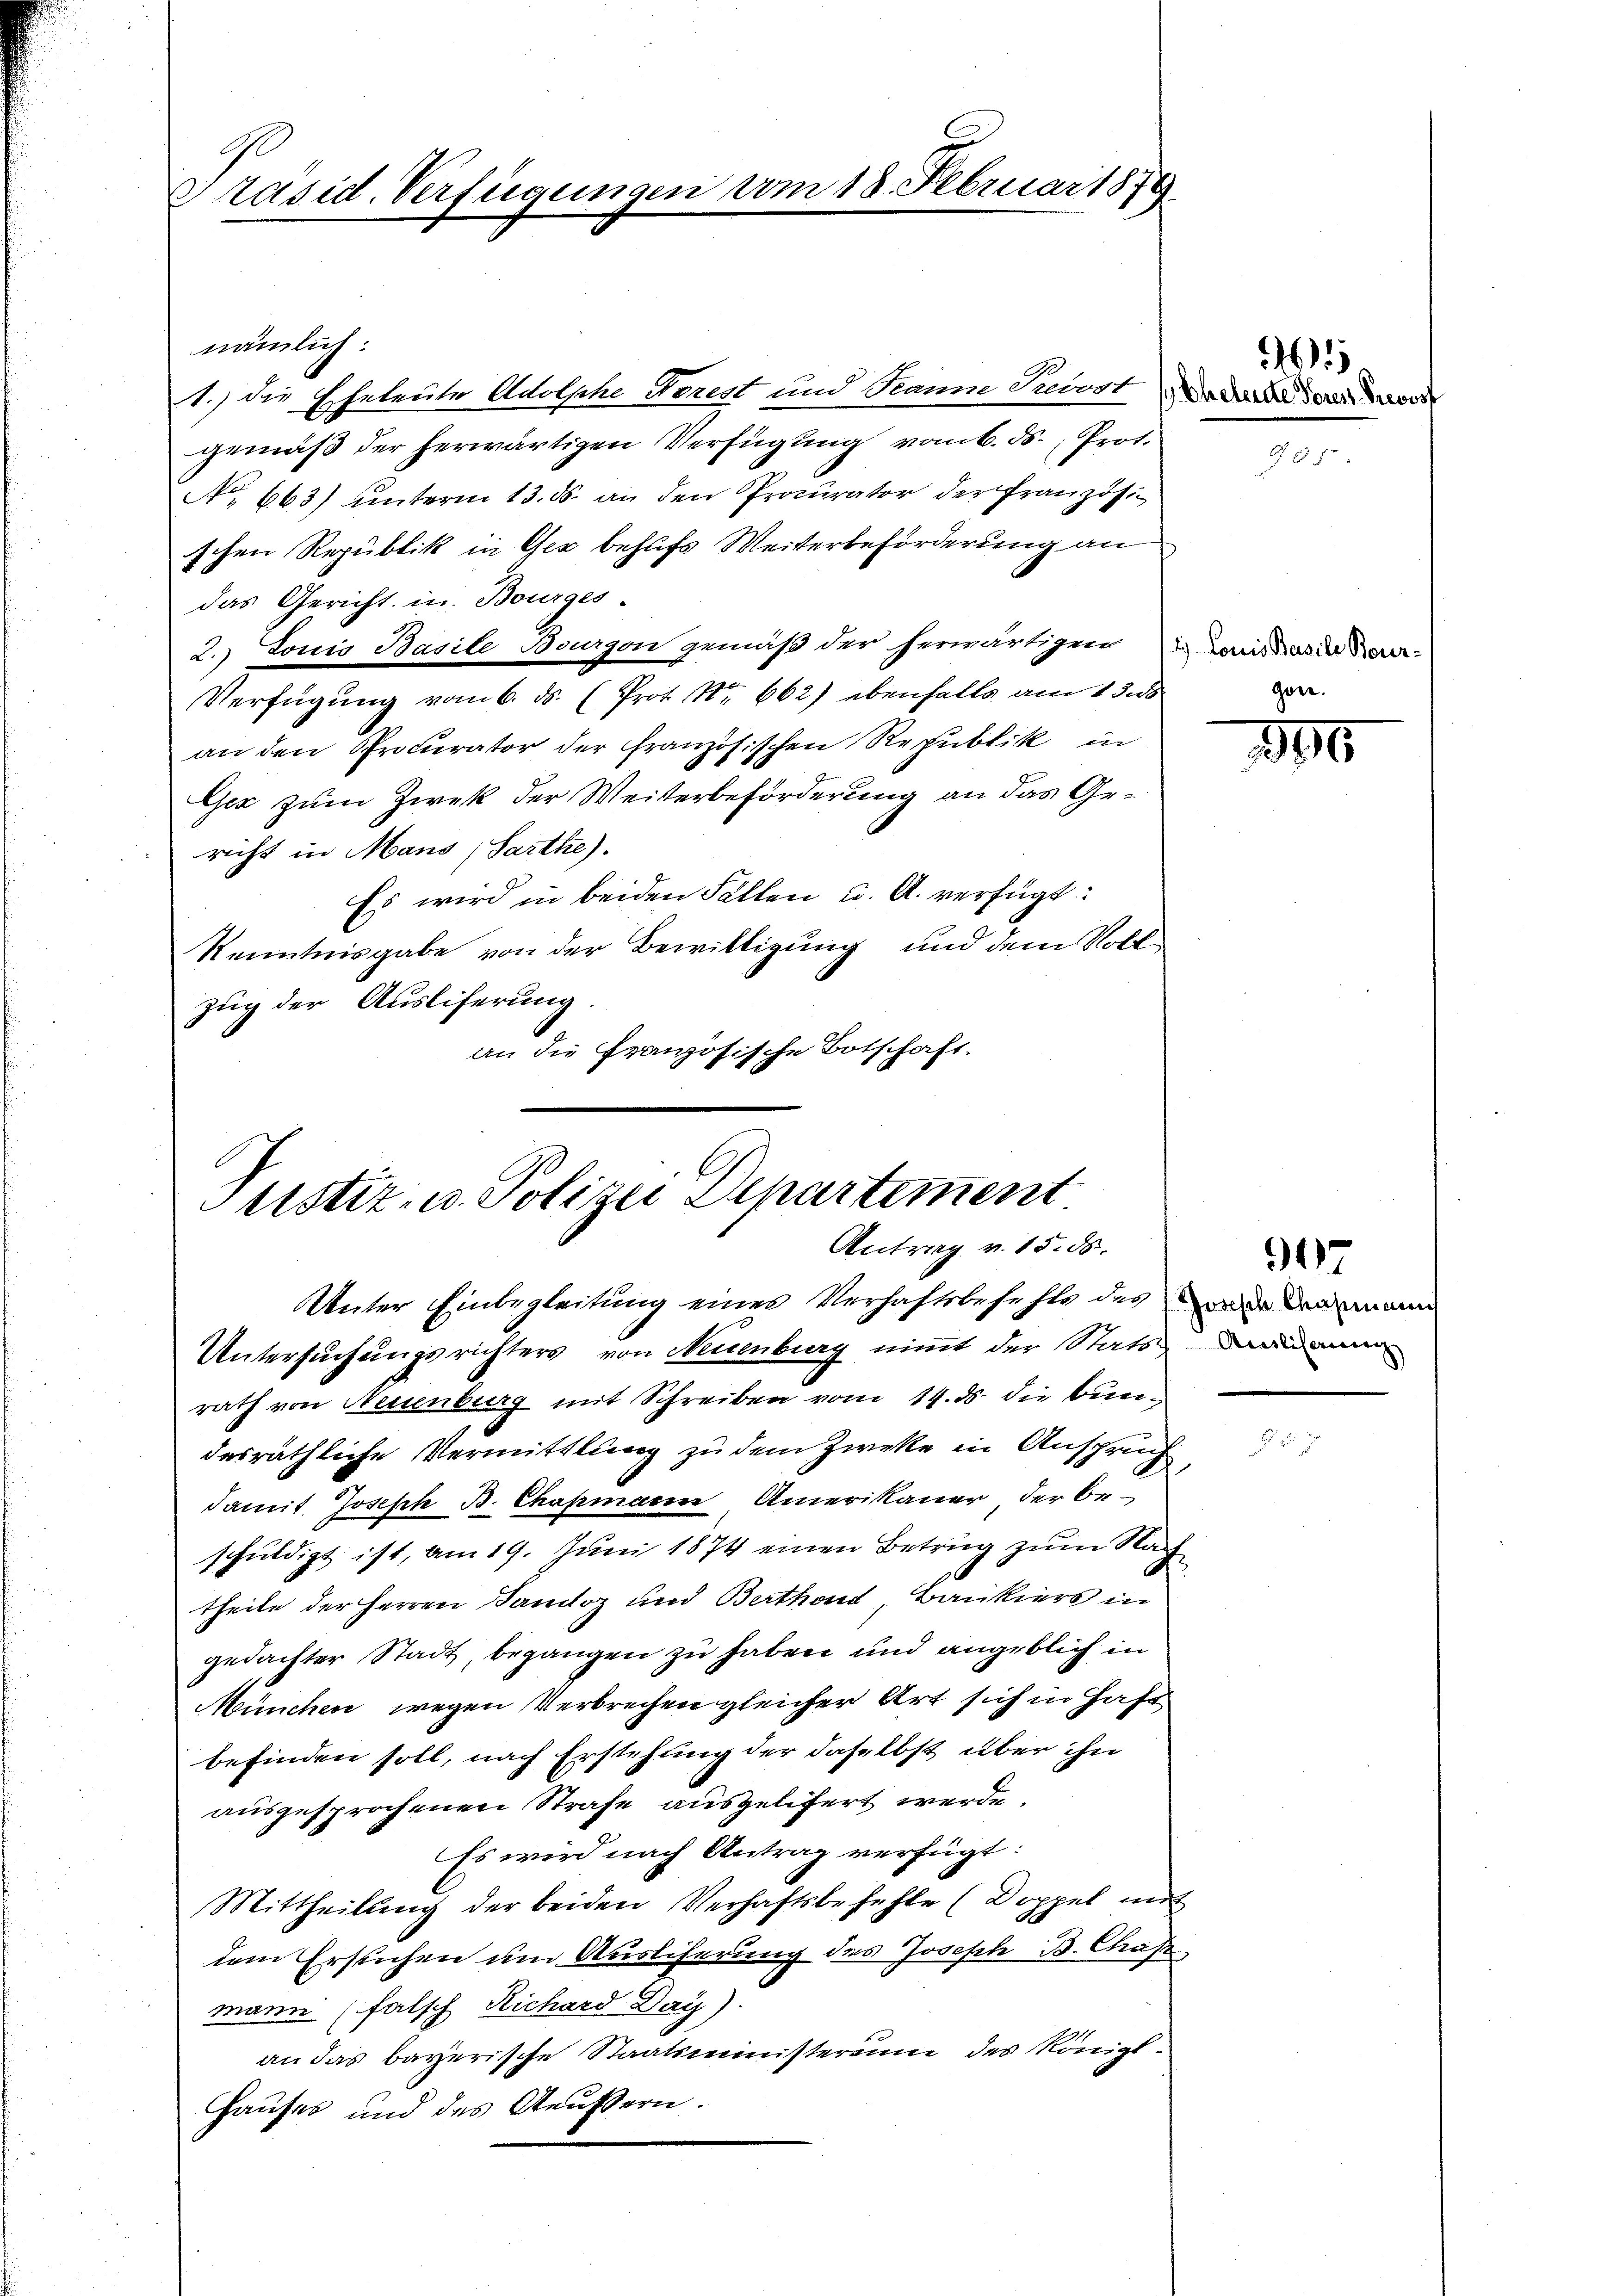
Präsid. Verfügungen vom 18. Februar 1879.

nämlich:
1.) Die Eheleute Adolphe Rezest und Traum Suevost Du da der de
gemäß der herwärtigen Verfügung vom 6. ds. Prot.
No 663) unterm 13. ds. an den Procurator der Französischen Republik in Gez behufs Weiterbeförderung an
das Gericht in Bourges.
2. Louis Basile Bourgon gemäß der herwärtigen Lois das der Be-
Verfügŭng vom 6. ds. (Prot. Nr. 662) ebenfalls am 13. 8
an den Procurator der Französischen Republik in
Gex zum Zwek der Weiterbeförderung an das Gericht in Mans (Sarthe).
Es wird in beiden Fällen u. A. verfügt:
Kenntnisgabe von der Bewilligung und dem Vollzug der Ausliferung.
an die französische Botschaft.

Justiz- u. Polizei Departement
Antrag v. 15. ds.
Unter Einbegleitung eines Verhaftsbefehle des wir dommann
Untersuchungsrichters von Neuenburg nimmt der Stats dann man

rath von Neuenburg mit Schreiben vom 14. ds. die Bundesräthliche Vermittlung zu dem Zweke in Anspruch
damit Joseph B. Chapmarrn Amerikaner der beschuldigt ist, am 19. Juni 1874 einen Betrug zum Nach
theile der Herren Familoz und Berthan Bankiers in
gedachter Stadt, begangen zu haben und angeblich in
München wegen Verbrechen gleicher Art sich in Haft
befinden soll, nach Erstehung der daselbst über ihn
ausgesprochenen Strafe ausgelifert werde.
Es wird nach Antrag verfügt
Mittheilung der beiden Verhaftsbefehle (Doppel mit
dem Ersuchen um Auslicherung des Joseph B. Chas
mann (falsch Richard Day)
an das bayerische Staatsministerium des Königl.
Hauses und des Aeussern.

M

gone.

895

91)